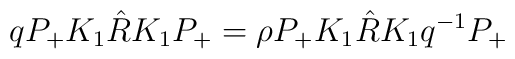
q P_{+} K_{1} \hat{R} K_{1} P_{+} = \rho P_{+} K_{1} \hat{R} K_{1} q^{-1}P_{+}